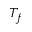
T _ { f }